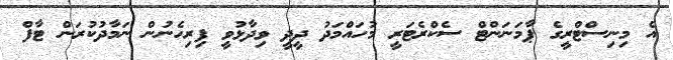
އެ މިނިސްޓްރީގެ ޕާމަނަންޓް ސެކްރެޓަރީ މުހައްމަދު ދީދީ ވިދާޅުވީ ފިރިހެނުން ނަމާދުކުރަން ޓާފް